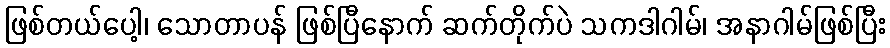
ဖြစ်တယ်ပေါ့၊ သောတာပန် ဖြစ်ပြီနောက် ဆက်တိုက်ပဲ သကဒါဂါမ်၊ အနာဂါမ်ဖြစ်ပြီး